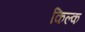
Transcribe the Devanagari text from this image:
किल्क